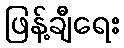
ဖြန့်ချီရေး